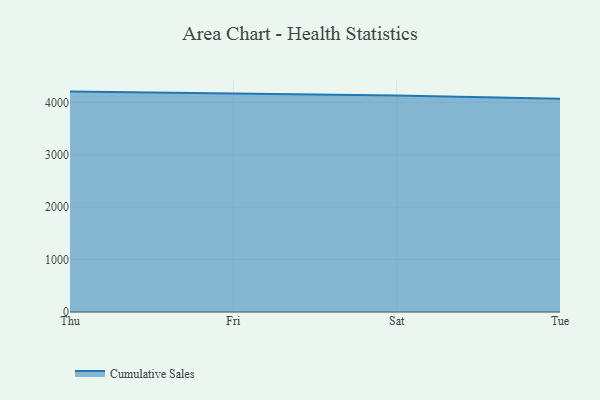
{"axis": {"x": "Day", "y": "Temperature (°C)"}, "legend": ["Cumulative Sales"], "data": [{"x": "Thu", "y": 4206.7, "type": "Cumulative Sales"}, {"x": "Fri", "y": 4175.1, "type": "Cumulative Sales"}, {"x": "Sat", "y": 4133.1, "type": "Cumulative Sales"}, {"x": "Tue", "y": 4071.5, "type": "Cumulative Sales"}]}